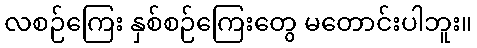
လစဉ်ကြေး နှစ်စဉ်ကြေးတွေ မတောင်းပါဘူး။